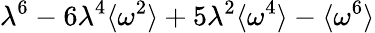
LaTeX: \lambda^{6}-6\lambda^{4}\langle\omega^{2}\rangle+5\lambda^{2}\langle\omega^{4}\rangle-\langle\omega^{6}\rangle